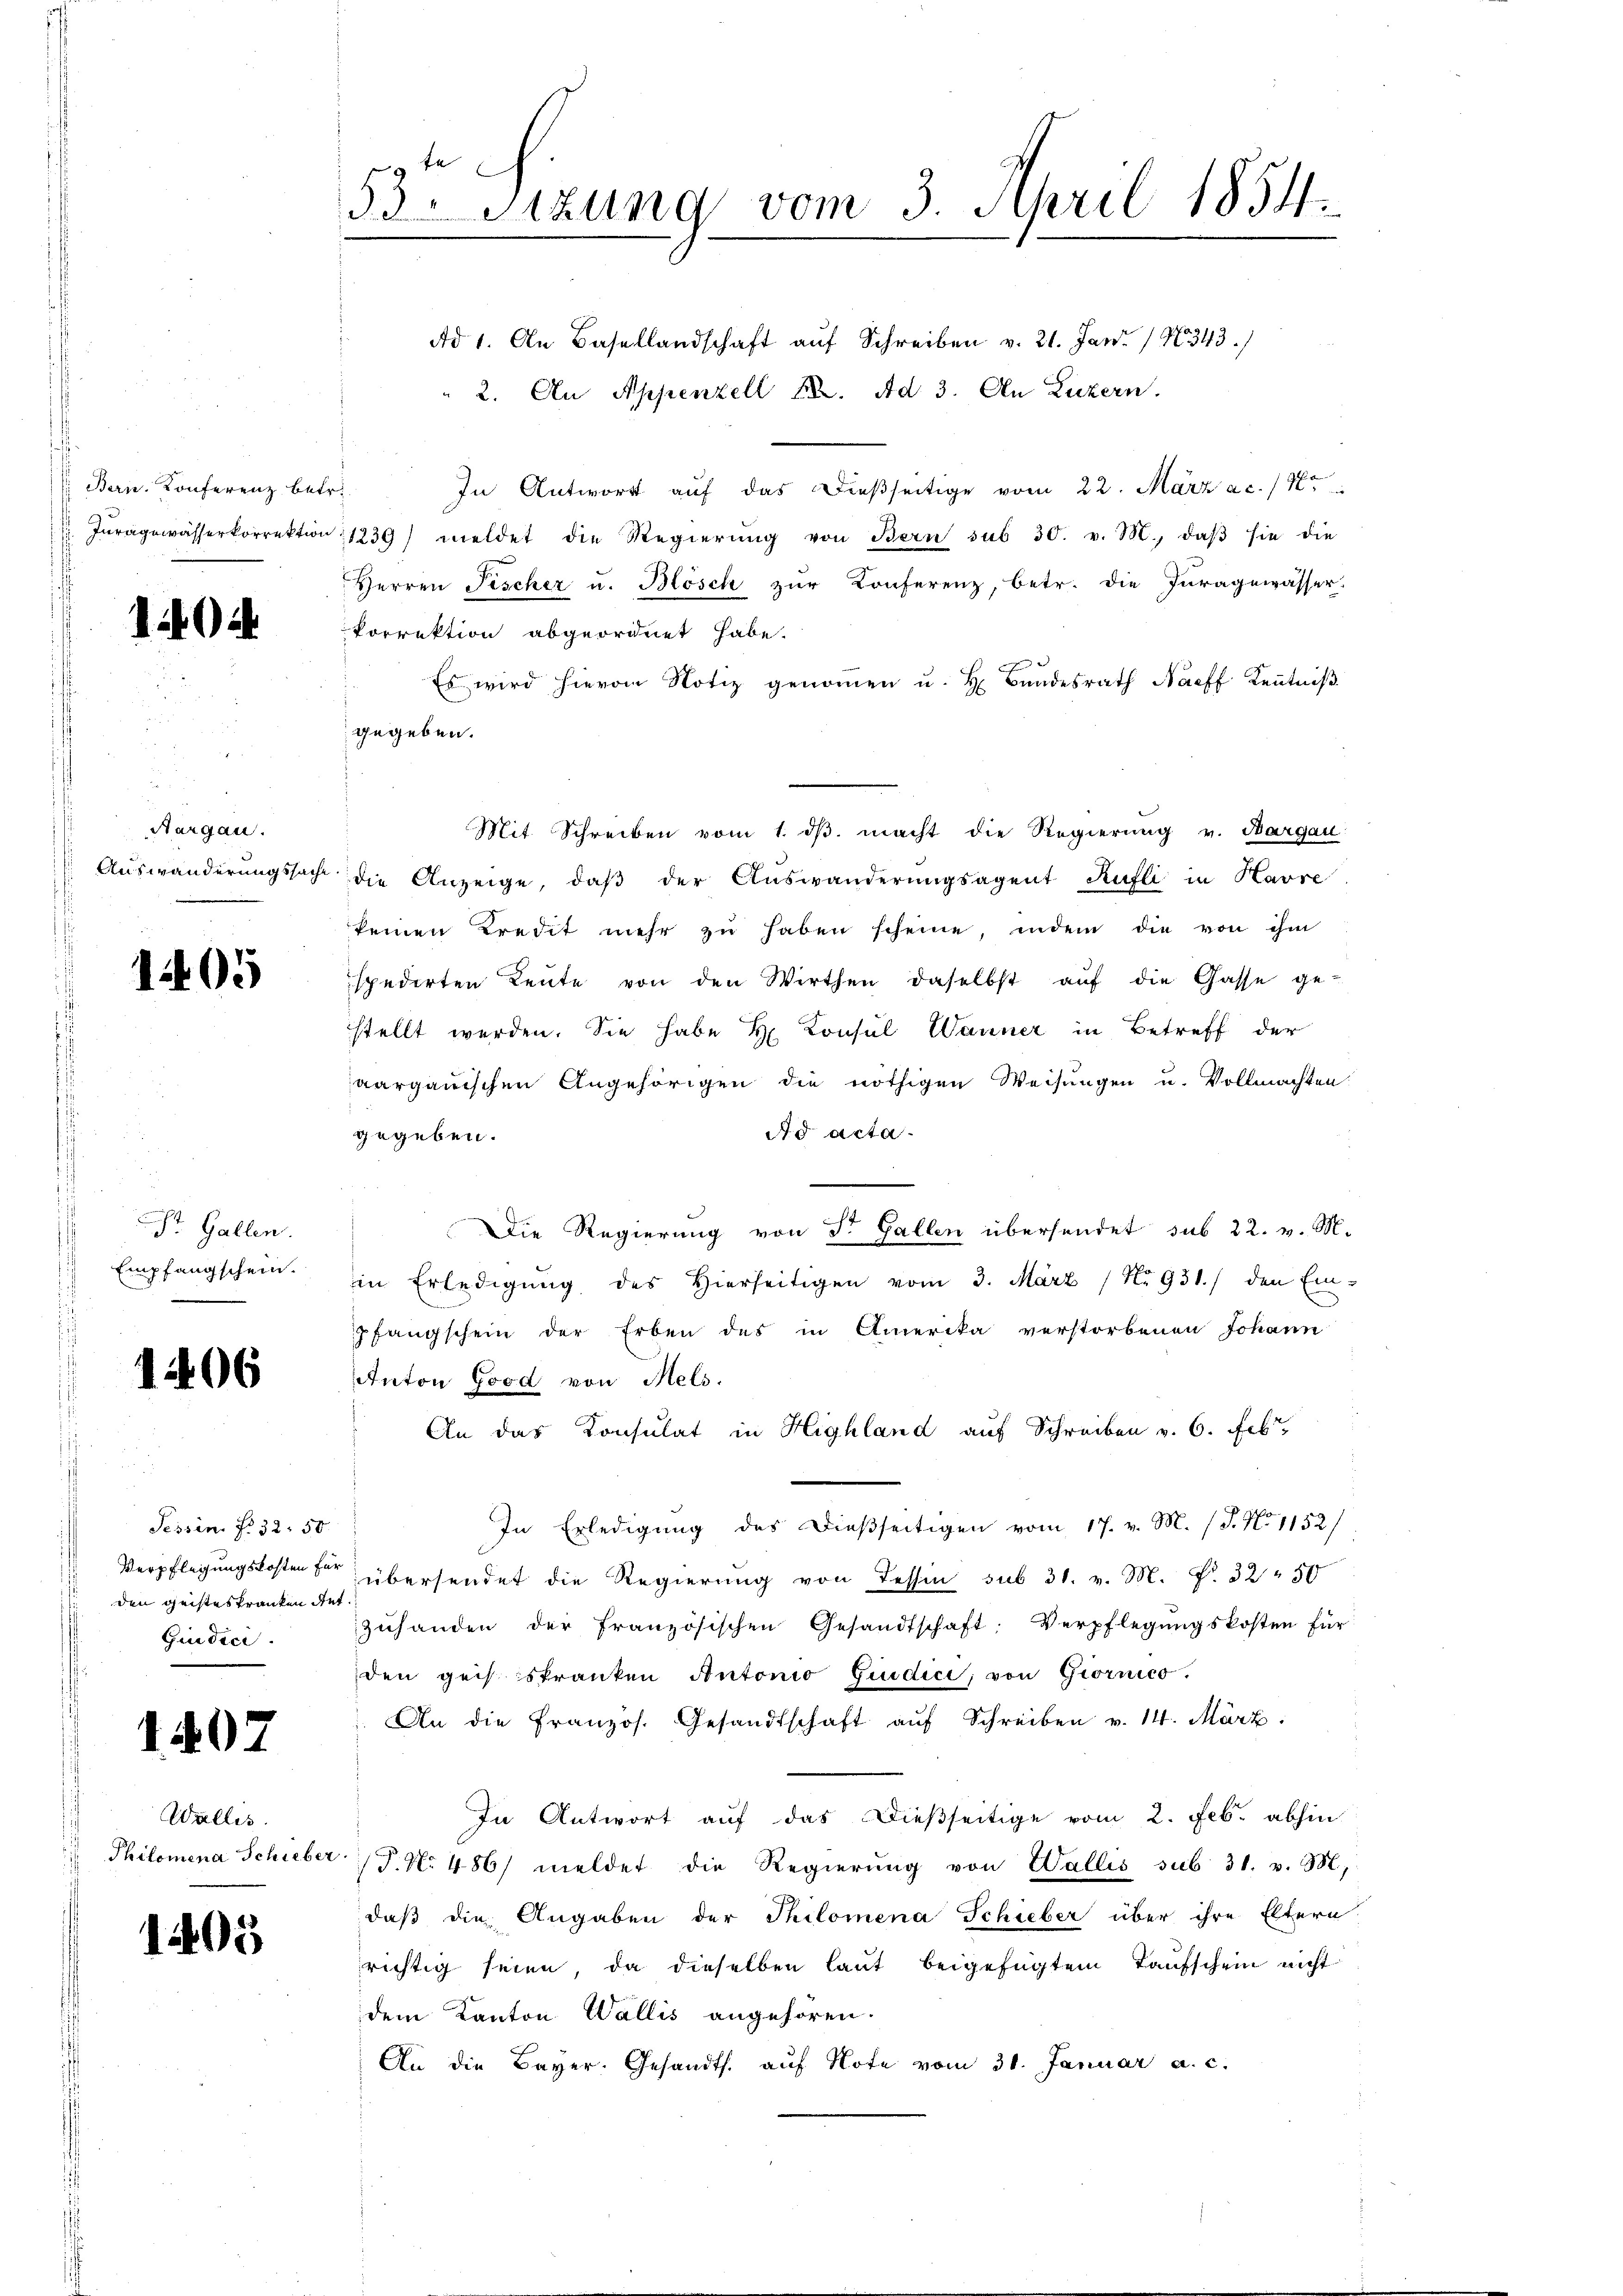
Bern. Konferenz betr.

140

i
Aargau.

1405

St. Gallen.
Empfangschein.

1406

Tessin. N. 38. 50
den Geisteskranken dat.
Giudici

1407

Wallis.

1405

53Stzung vom 3. April 1854.

Ad 1. An Basellandschaft auf Schreiben v. 21. Jan. 1343)
2. An Appenzell A. Ad 3. An Luzern.
In Antwort auf das dießseitige vom 22. März a.c. 18
 Tŭragowässerkorrektion 1239) meldet die Regierŭng von Bern sub 30. v. M. daβ sie die
Herren Fischer u. Blösch zŭr Konferenz, betr. die Juragewässer.
korrektion abgeordnet habe.
Es wird hievon Notiz genommen u. H. Bundesrath Nacff Kenntniß
gegeben.
Mit Schreiben vom 1. dβ. macht die Regierung v. Bargau:
 Auswanderungssach die Anzeige, daβ der Auswanderŭngsagent Kufli in Havre
keinen Kredit mehr zŭ haben scheine, indem die von ihm
spedirten Leŭte von den Wirthen daselbst aŭf die Gasse ge-
stellt werden. Sie habe H. Consul Wanner in Betreff der
aargauischen Angehörigen die nöthigen Weisungen u. Vollmachten:
Ad acta.
gegeben.
Die Regierung von S. Gallen übersendet sub 22. v. M.
in Erledigŭng des Hierseitigen vom 3. März / No. 931./ den Ein-
pfangschein der Erben des in Amerika verstorbenen Johann
Anton Good von Mels.
An das Konsulat in Highland auf Schreiben v. 6. Feb
In Erledigung des dießseitigen vom 17. v. M. (T. No 1152/
Verpflegungskosten der übersendet die Regierung von Tessin sub 31. v. M. F. 32 50
zŭhanden der französischen Gesandtschaft: Verpflegŭngskosten für
den geis stranken Antonio Giudici, von Giornico.
An die Französ. Gesandtschaft aŭf Schreiben v. 14. März.
In Antwort auf das Dießseitige vom 2. Feb. abhin
 Philomena Schieber P. Nr. 486/ meldet die Regierung von Wallis sub 31. v. M.
daß die Angaben der Philomena Schieber über ihre Eltern
richtig seien, da dieselben laut beigefügtem Taufschein nicht
dem Kanton Wallis angehören.
An die Bayer. Gesandts. aŭf Note vom 31. Januar a. c.